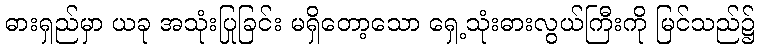
ဓားရှည်မှာ ယခု အသုံးပြုခြင်း မရှိတော့သော ရှေ့သုံးဓားလွယ်ကြီးကို မြင်သည်၌